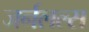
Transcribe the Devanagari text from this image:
जर्नलल्स